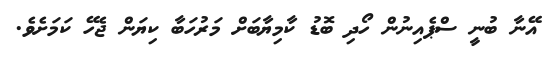
އޭނާ ބުނީ ސްޕެއިނުން ހޯދި ބޮޑު ކާމިޔާބަށް މަރުހަބާ ކިޔަން ޖެހޭ ކަމަށެވެ.